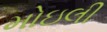
મોઇલી